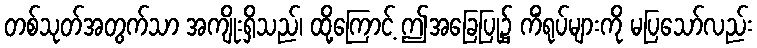
တစ်သုတ်အတွက်သာ အကျိုးရှိသည်၊ ထို့ကြောင့် ဤအခြေပြု၌ ကိံရုပ်များကို မပြသော်လည်း